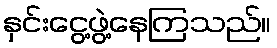
နှင်းငွေ့ဖွဲ့နေကြသည်။